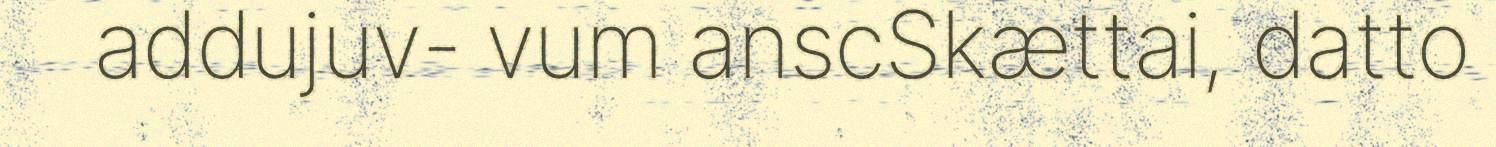
addujuv- vum anscSkættai, datto